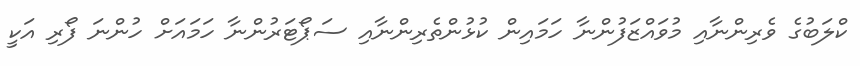
ކްލަބުގެ ވެރިންނާއި މުވައްޒަފުންނާ ހަމައިން ކުޅުންތެރިންނާއި ސަޕޯޓަރުންނާ ހަމައަށް ހުންނަ ފޯރި އަކީ